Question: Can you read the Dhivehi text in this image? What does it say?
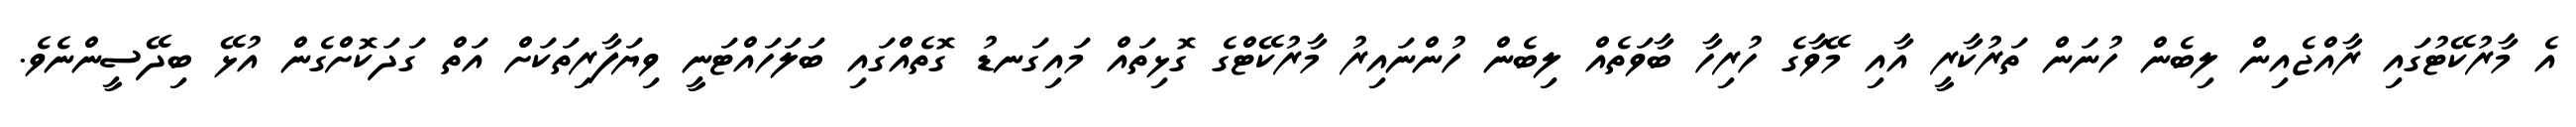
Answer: އެ މާރުކޭޓުގައި ރާއްޖެއިން ލިބެން ހުނަން ތަރުކާރީ އާއި މޭވާގެ ހުރިހާ ބާވަތެއް ލިބެން ހުންނައިރު މާރުކޭޓްގެ ގޮޅިތައް މައިގަނޑު ގޮތެއްގައި ބަލަހައްޓަނީ ވިޔަފާރިތަކަށް އަތް ގަދަކޮށްގެން އުޅޭ ބިދޭސީންނެވެ.